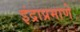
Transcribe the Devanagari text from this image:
इंद्राप्रमाणे